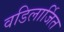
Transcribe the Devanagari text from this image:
वडिलार्जित